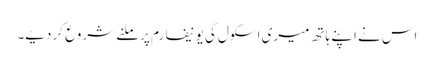
اس نے اپنے ہاتھ میری اسکول کی یونیفارم پر ملنے شروع کر دیے۔